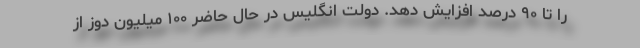
را تا ۹۰ درصد افزایش دهد. دولت انگلیس در حال حاضر ۱۰۰ میلیون دوز از